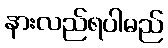
နားလည်ရပါမည်